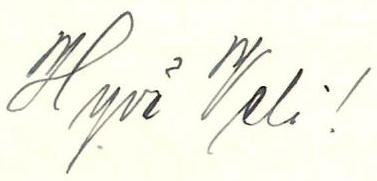
Hyvä Veli!